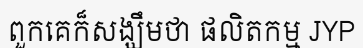
ពួកគេក៏សង្ឃឹមថា ផលិតកម្ម JYP